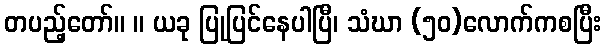
တပည့်တော်။ ။ ယခု ပြုပြင်နေပါပြီ၊ သံဃာ (၅၀)လောက်ကစပြီး